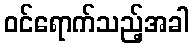
ဝင်ရောက်သည့်အခါ